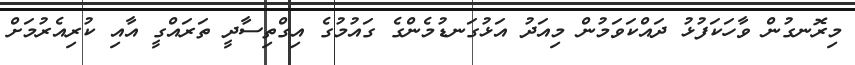
މިރޮނގުން ވާހަކަފުޅު ދައްކަވަމުން މިއަދު އަޅުގަނޑުމެންގެ ގައުމުގެ އިގްތިސާދީ ތަރައްގީ އާއި ކުރިއެރުމަށް